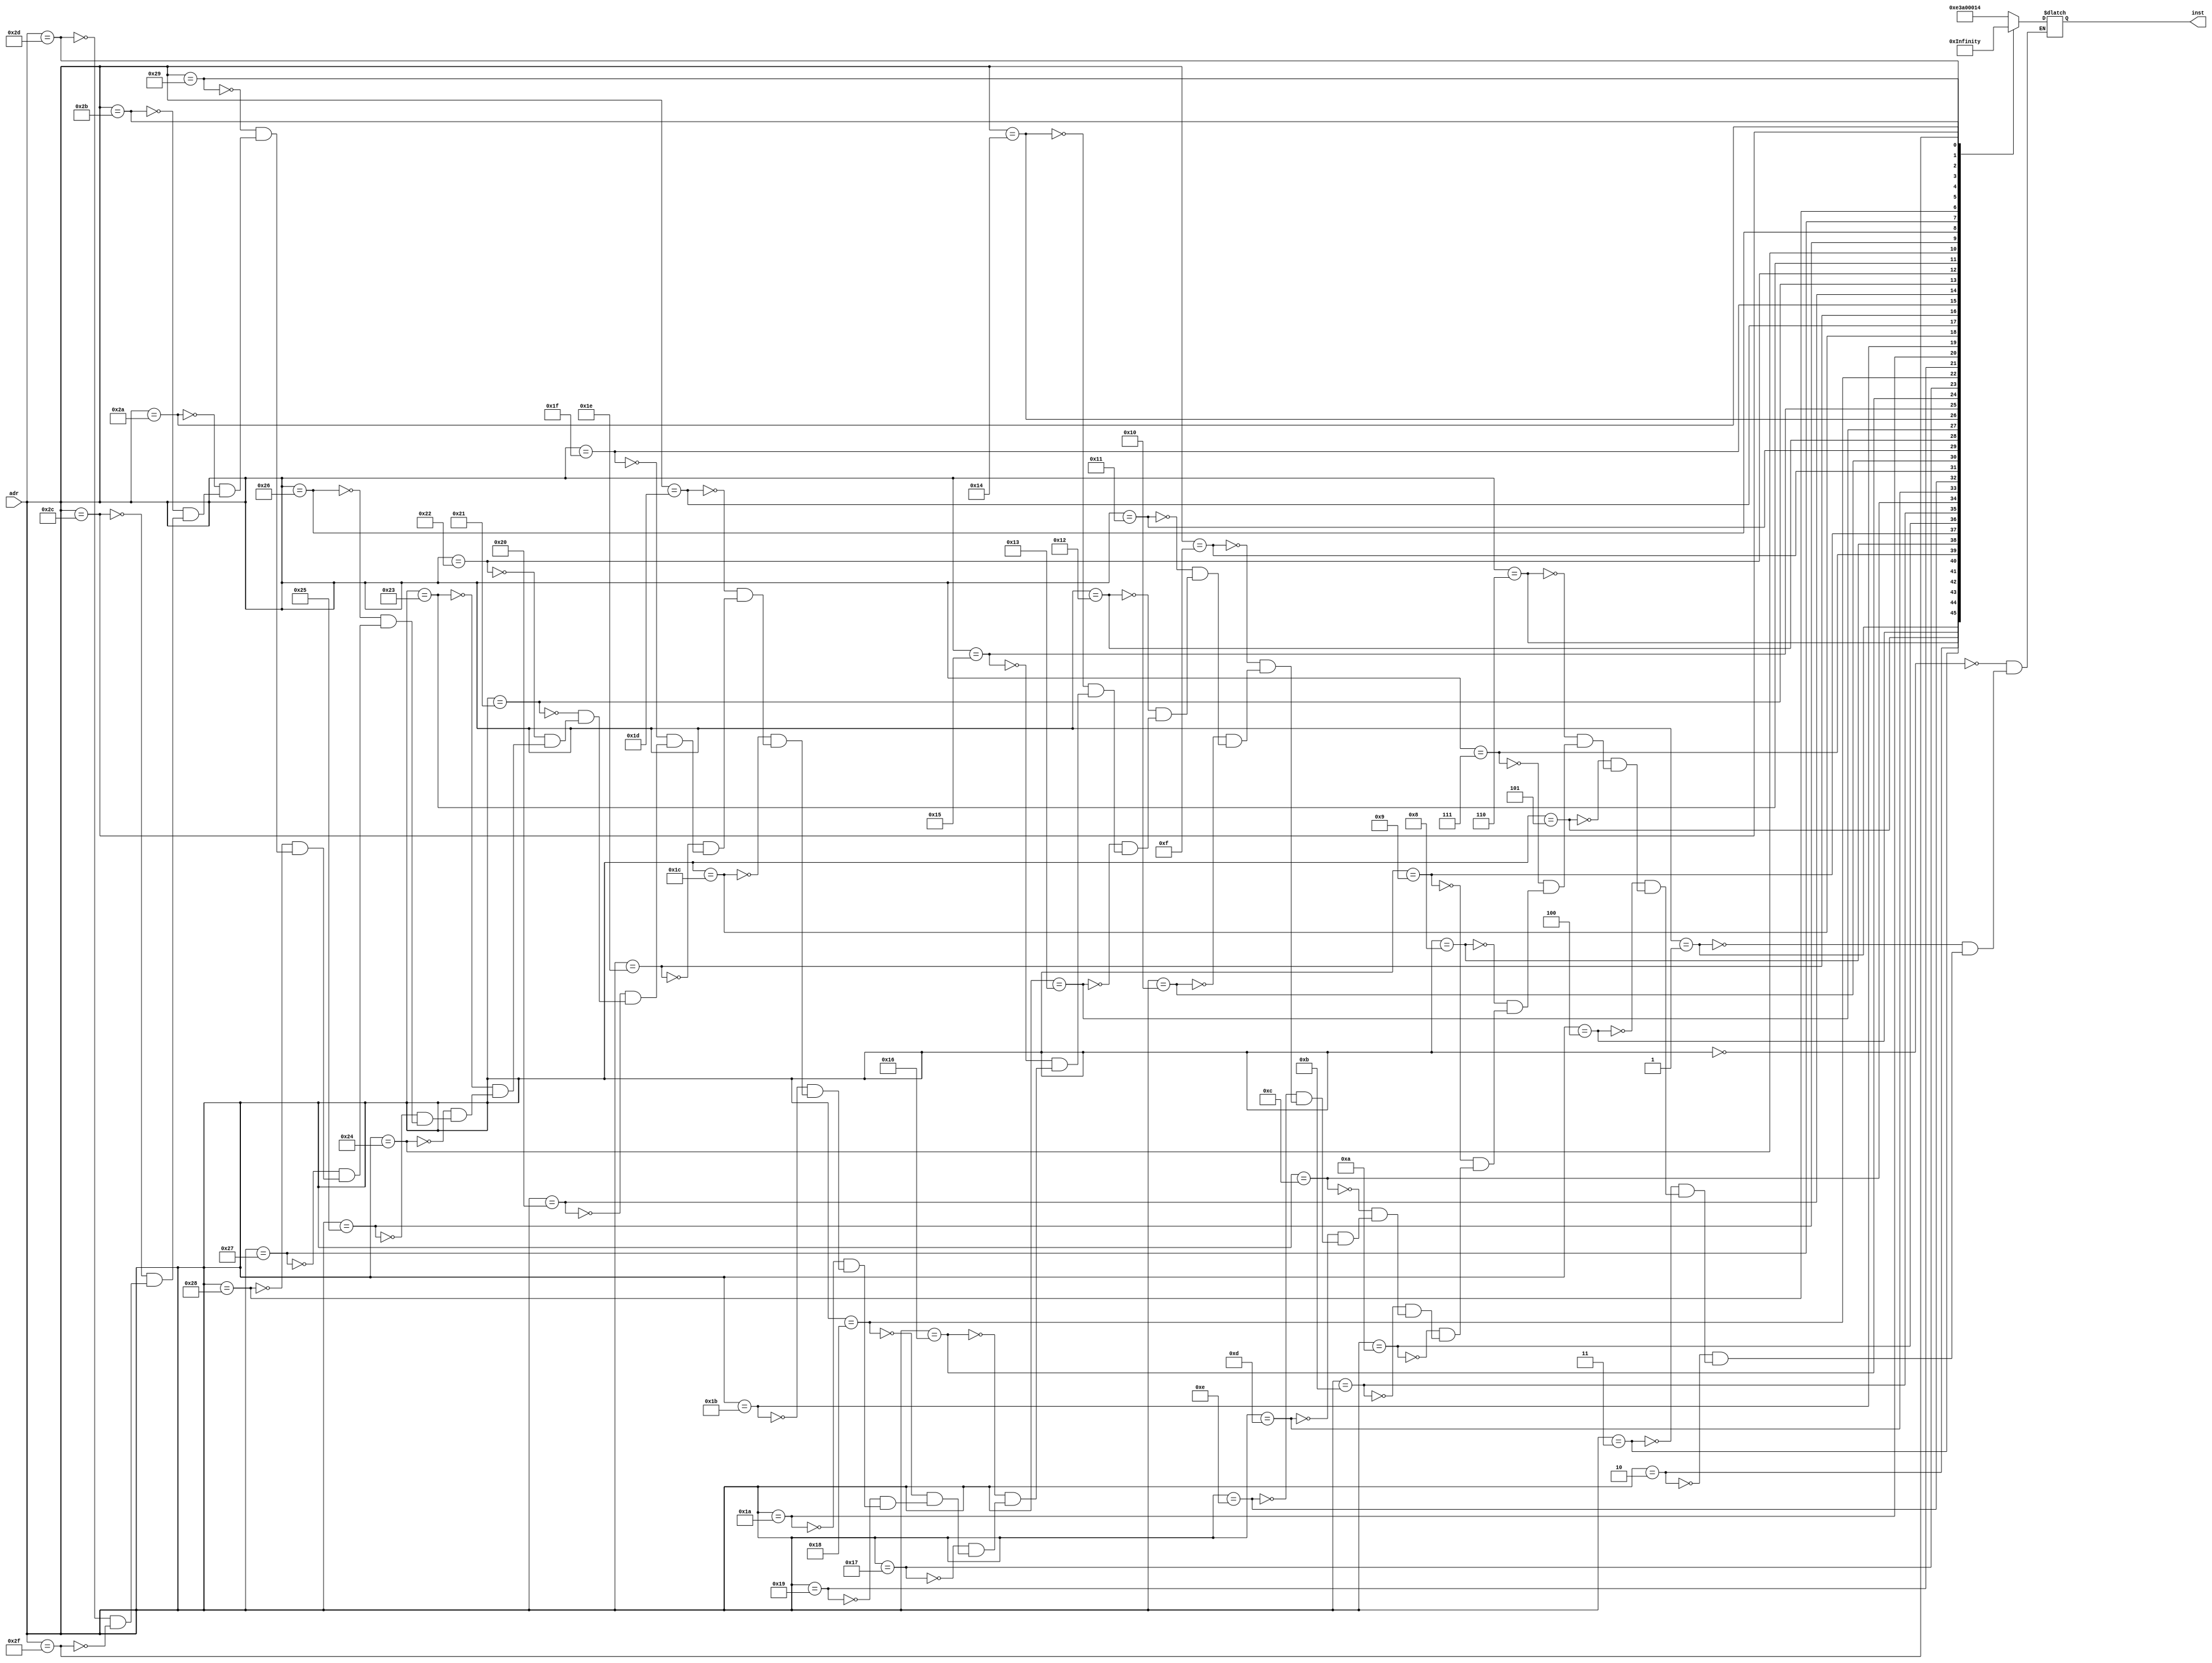
module Instruction_memory(adr, inst);
	input[31:0] adr;
	output reg [31:0] inst;

	wire[31:0] new_adr;
	assign new_adr = {2'b0,adr[31:2]};

always @(adr)begin
    case(adr)
		32'd0: inst = 32'b1110_00_1_1101_0_0000_0000_000000010100; //MOV R0 ,#20 //R0 = 20
 		32'd1: inst = 32'b1110_00_1_1101_0_0000_0001_101000000001; //MOV R1 ,#4096 //R1 = 4096
 		32'd2: inst = 32'b1110_00_1_1101_0_0000_0010_000100000011; //MOV R2 ,#0xC0000000 //R2 = -1073741824
 		32'd3: inst = 32'b1110_00_0_0100_1_0010_0011_000000000010; //ADDS R3 ,R2,R2 //R3 = -2147483648
 		32'd4: inst = 32'b1110_00_0_0101_0_0000_0100_000000000000; //ADC R4 ,R0,R0 //R4 = 41
 		32'd5: inst = 32'b1110_00_0_0010_0_0100_0101_000100000100; //SUB R5 ,R4,R4,LSL #2 //R5 = -123
 		32'd6: inst = 32'b1110_00_0_0110_0_0000_0110_000010100000; //SBC R6 ,R0,R0,LSR #1 //R6 = 10
 		32'd7: inst = 32'b1110_00_0_1100_0_0101_0111_000101000010; //ORR R7 ,R5,R2,ASR #2 //R7 = -123
 		32'd8: inst = 32'b1110_00_0_0000_0_0111_1000_000000000011; //AND R8 ,R7,R3 //R8 = -2147483648
 		32'd9: inst = 32'b1110_00_0_1111_0_0000_1001_000000000110; //MVN R9 ,R6 //R9 = -11
 		32'd10: inst = 32'b1110_00_0_0001_0_0100_1010_000000000101; //EOR R10,R4,R5 //R10 = -84
 		32'd11: inst = 32'b1110_00_0_1010_1_1000_0000_000000000110; //CMP R8 ,R6
		32'd12: inst = 32'b0001_00_0_0100_0_0001_0001_000000000001; //ADDNE R1 ,R1,R1 //R1 = 8192
		32'd13: inst = 32'b1110_00_0_1000_1_1001_0000_000000001000; //TST R9 ,R8
		32'd14: inst = 32'b0000_00_0_0100_0_0010_0010_000000000010; //ADDEQ R2 ,R2,R2 //R2 = -1073741824
		32'd15: inst = 32'b1110_00_1_1101_0_0000_0000_101100000001; //MOV R0 ,#1024 //R0 = 1024
		32'd16: inst = 32'b1110_01_0_0100_0_0000_0001_000000000000; //STR R1 ,[R0],#0 //MEM[1024] = 8192
		32'd17: inst = 32'b1110_01_0_0100_1_0000_1011_000000000000; //LDR R11,[R0],#0 //R11 = 8192
		32'd18: inst = 32'b1110_01_0_0100_0_0000_0010_000000000100; //STR R2 ,[R0],#4 //MEM[1028] = -1073741824
		32'd19: inst = 32'b1110_01_0_0100_0_0000_0011_000000001000; //STR R3 ,[R0],#8 //MEM[1032] = -2147483648
		32'd20: inst = 32'b1110_01_0_0100_0_0000_0100_000000001101; //STR R4 ,[R0],#13 //MEM[1036] = 41
		32'd21: inst = 32'b1110_01_0_0100_0_0000_0101_000000010000; //STR R5 ,[R0],#16 //MEM[1040] = -123
		32'd22: inst = 32'b1110_01_0_0100_0_0000_0110_000000010100; //STR R6 ,[R0],#20 //MEM[1044] = 10
		32'd23: inst = 32'b1110_01_0_0100_1_0000_1010_000000000100; //LDR R10,[R0],#4 //R10 = -1073741824
		32'd24: inst = 32'b1110_01_0_0100_0_0000_0111_000000011000; //STR R7 ,[R0],#24 //MEM[1048] = -123
		32'd25: inst = 32'b1110_00_1_1101_0_0000_0001_000000000100; //MOV R1 ,#4 //R1 = 4
		32'd26: inst = 32'b1110_00_1_1101_0_0000_0010_000000000000; //MOV R2 ,#0 //R2 = 0
		32'd27: inst = 32'b1110_00_1_1101_0_0000_0011_000000000000; //MOV R3 ,#0 //R3 = 0
		32'd28: inst = 32'b1110_00_0_0100_0_0000_0100_000100000011; //ADD R4 ,R0,R3,LSL #2
		32'd29: inst = 32'b1110_01_0_0100_1_0100_0101_000000000000; //LDR R5 ,[R4],#0
		32'd30: inst = 32'b1110_01_0_0100_1_0100_0110_000000000100; //LDR R6 ,[R4],#4
		32'd31: inst = 32'b1110_00_0_1010_1_0101_0000_000000000110; //CMP R5 ,R6
		32'd32: inst = 32'b1100_01_0_0100_0_0100_0110_000000000000; //STRGT R6 ,[R4],#0
		32'd33: inst = 32'b1100_01_0_0100_0_0100_0101_000000000100; //STRGT R5 ,[R4],#4
		32'd34: inst = 32'b1110_00_1_0100_0_0011_0011_000000000001; //ADD R3 ,R3,#1
		32'd35: inst = 32'b1110_00_1_1010_1_0011_0000_000000000011; //CMP R3 ,#3
		32'd36: inst = 32'b1011_10_1_0_111111111111111111110111 ; //BLT #-9
		32'd37: inst = 32'b1110_00_1_0100_0_0010_0010_000000000001; //ADD R2 ,R2,#1
		32'd38: inst = 32'b1110_00_0_1010_1_0010_0000_000000000001; //CMP R2 ,R1
		32'd39: inst = 32'b1011_10_1_0_111111111111111111110011 ; //BLT #-13
		32'd40: inst = 32'b1110_01_0_0100_1_0000_0001_000000000000; //LDR R1 ,[R0],#0 //R1 = -2147483648
		32'd41: inst = 32'b1110_01_0_0100_1_0000_0010_000000000100; //LDR R2 ,[R0],#4 //R2 = -1073741824
		32'd42: inst = 32'b1110_01_0_0100_1_0000_0011_000000001000; //STR R3 ,[R0],#8 //R3 = 41
		32'd43: inst = 32'b1110_01_0_0100_1_0000_0100_000000001100; //STR R4 ,[R0],#12 //R4 = 8192
		32'd44: inst = 32'b1110_01_0_0100_1_0000_0101_000000010000; //STR R5 ,[R0],#16 //R5 = -123
		32'd45: inst = 32'b1110_01_0_0100_1_0000_0110_000000010100; //STR R6 ,[R0],#20 //R4 = 10
		32'd47: inst = 32'b1110_10_1_0_111111111111111111111111 ; //B #-1

  endcase
end

endmodule